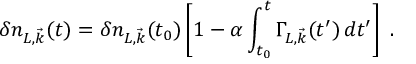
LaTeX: \delta n _ { L , { \vec { k } } } ( t ) = \delta n _ { L , { \vec { k } } } ( t _ { 0 } ) \left[ 1 - \alpha \int _ { t _ { 0 } } ^ { t } \Gamma _ { L , { \vec { k } } } ( t ^ { \prime } ) \, d t ^ { \prime } \right] ~ .